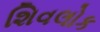
શિવલોક